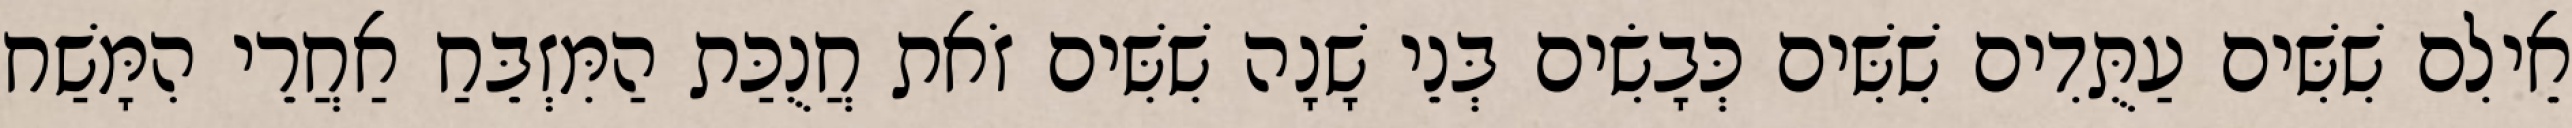
אֵילִם שִׁשִּׁים עַתֻּדִים שִׁשִּׁים כְּבָשִׂים בְּנֵי שָׁנָה שִׁשִּׁים זֹאת חֲנֻכַּת הַמִּזְבֵּחַ אַחֲרֵי הִמָּשַׁח